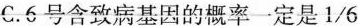
C.6号含致病基因的概率一定是1/6